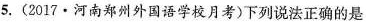
5.(2017·河南郑州外国语学校月考)下列说法正确的是